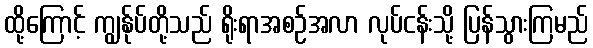
ထို့ကြောင့် ကျွန်ုပ်တို့သည် ရိုးရာအစဉ်အလာ လုပ်ငန်းသို့ ပြန်သွားကြမည်